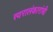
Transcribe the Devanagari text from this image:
स्वरालंकारांची